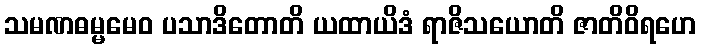
သမဏဓမ္မမေဝ ပသာဒိတောတိ ယထာယိဒံ ရာဇိသယောတိ ဇာတိဝိရဟေ